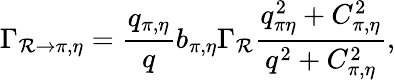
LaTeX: \Gamma_{\mathcal{R}\rightarrow\pi,\eta}=\frac{{q_{\pi,\eta}}}{{q}}b_{\pi,\eta}\Gamma_{\mathcal{R}}\frac{{q_{\pi\eta}^{2}+C_{\pi,\eta}^{2}}}{{q^{2}+C_{\pi,\eta}^{2}}},